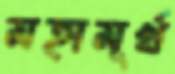
মহামূর্খ